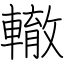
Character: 轍